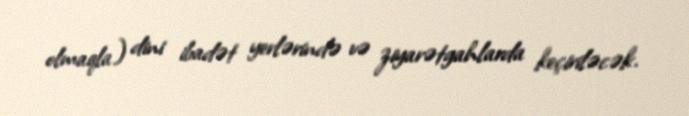
olmaqla) dini ibadət yerlərində və ziyarətgahlarda keçiriləcək.